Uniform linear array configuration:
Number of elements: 8
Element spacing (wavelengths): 1
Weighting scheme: hann
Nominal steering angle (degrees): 15
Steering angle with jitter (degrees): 15.957
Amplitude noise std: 0.05
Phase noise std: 0.05

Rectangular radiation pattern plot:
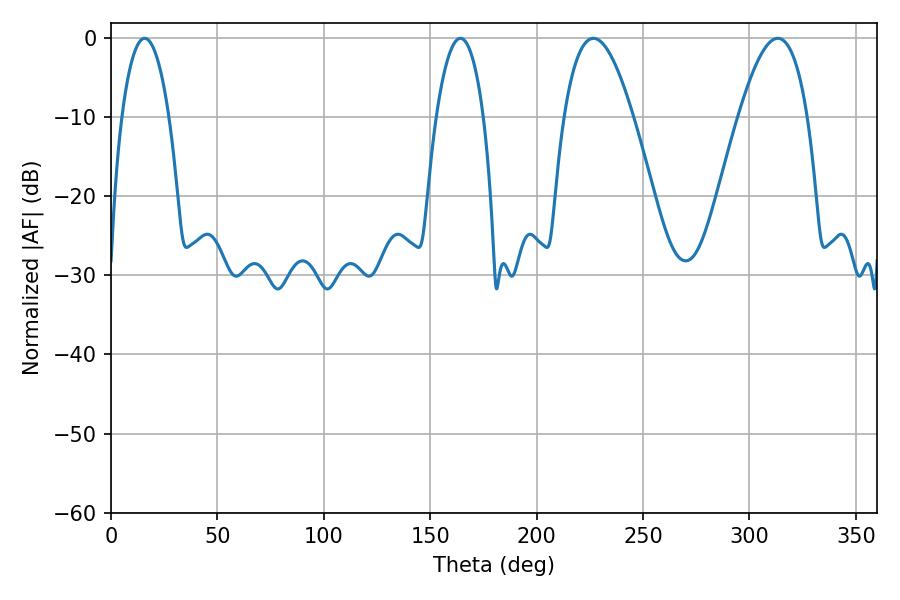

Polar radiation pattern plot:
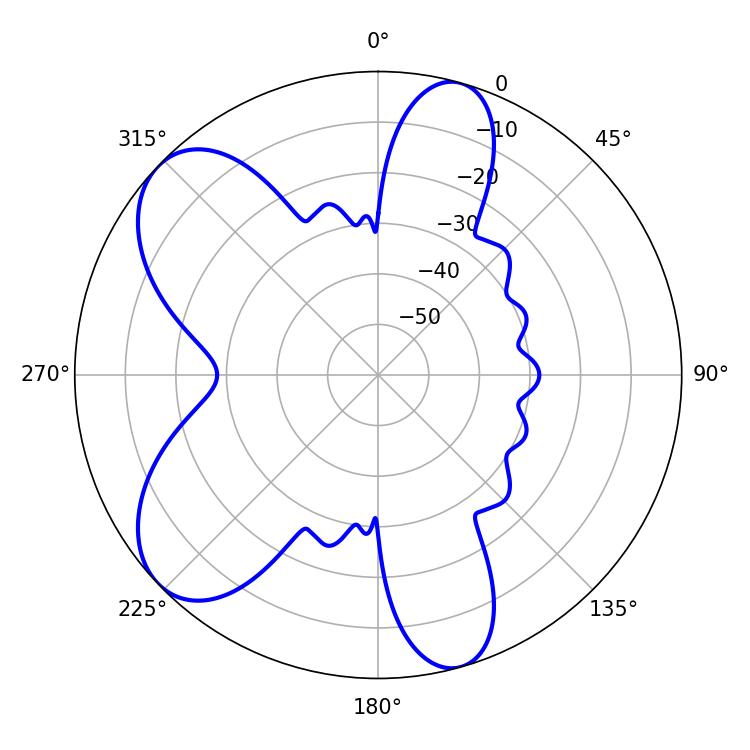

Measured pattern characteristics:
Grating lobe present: TRUE
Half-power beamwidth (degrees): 12.42
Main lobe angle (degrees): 15.84